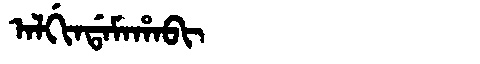
Manchu: ᠠᠯᡤᡳᠨᡩᠠᠮᠠᡥᠠᠪᡳ
Romanization: ALGINDAMAHABI